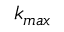
k _ { m a x }